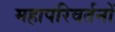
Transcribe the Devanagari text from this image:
महापरिवर्तनों